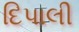
દિપાલી